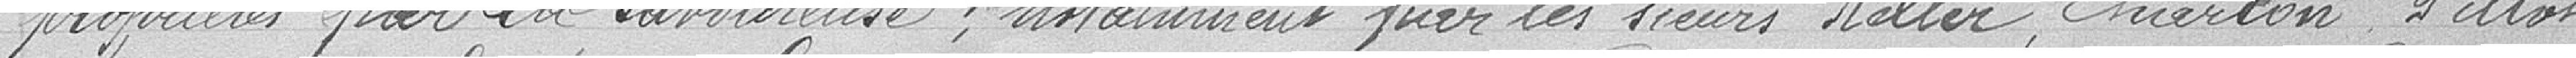
propriétés par la Savoureuse, notamment par les sieurs KELLER, CHARTON PILLOT